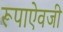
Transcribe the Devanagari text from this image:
रूपाऐवजी